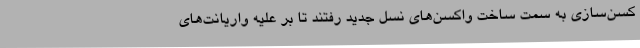
کسن‌سازی به سمت ساخت واکسن‌های نسل جدید رفتند تا بر علیه واریانت‌های